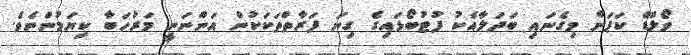
ވޯލްޑް ކަޕަށް މިގެނައި ބަދަލާއެކު ފުޓުބޯޅައިގެ ގިނަ ފަރާތްތަކަކުން އަންނަނީ މަރުހަބާ ކިޔަމުންނެވެ.